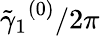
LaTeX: {\tilde{\gamma}_{1}}^{(0)}/2\pi